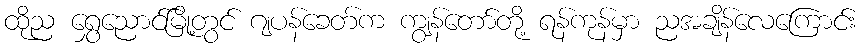
ထိုည ရွှေညောင်မြို့တွင် ဂျပန်ခေတ်က ကျွန်တော်တို့ ရန်ကုန်မှာ ညအချိန်လေကြောင်း